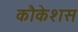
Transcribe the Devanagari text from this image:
कौकेशस